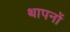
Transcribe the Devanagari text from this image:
थापनों